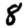
Digit: 8